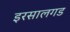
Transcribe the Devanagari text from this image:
इरसालगड